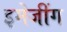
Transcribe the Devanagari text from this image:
इमेजींग